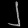
Digit: ၂